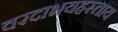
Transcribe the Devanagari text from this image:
वरदाभयहस्ताय